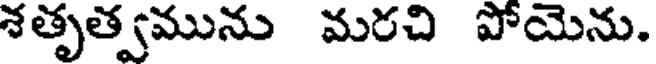
శతృత్వమును మరచి పోయెను.